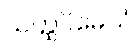
ယတ္ထပိမေသံ